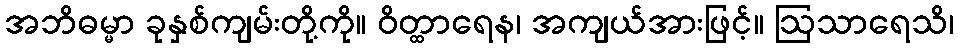
အဘိဓမ္မာ ခုနှစ်ကျမ်းတို့ကို။ ဝိတ္ထာရေန၊ အကျယ်အားဖြင့်။ ဩသာရေသိ၊